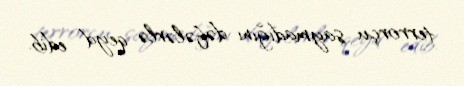
terrorçu saymadığını dəfələrlə qeyd edib.